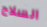
السلاح